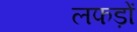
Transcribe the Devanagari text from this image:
लफड़ों